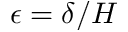
\epsilon = \delta / H